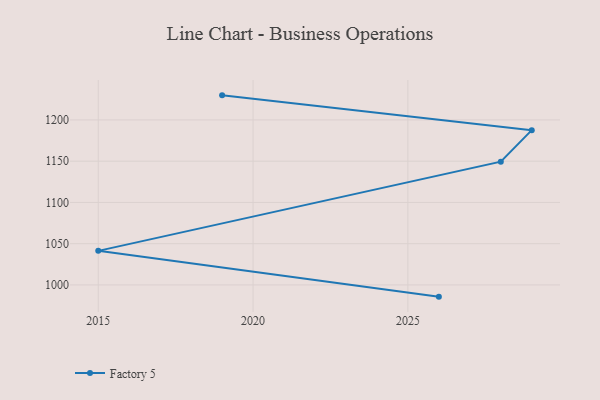
{"axis": {"x": "Year", "y": "Active Users"}, "legend": ["Factory 5"], "data": [{"x": "2026", "y": 985.8, "type": "Factory 5"}, {"x": "2015", "y": 1041.3, "type": "Factory 5"}, {"x": "2028", "y": 1149.4, "type": "Factory 5"}, {"x": "2029", "y": 1187.6, "type": "Factory 5"}, {"x": "2019", "y": 1229.8, "type": "Factory 5"}]}